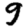
Digit: 9